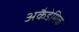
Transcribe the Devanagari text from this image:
अकैडेमिक